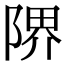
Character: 𨺬